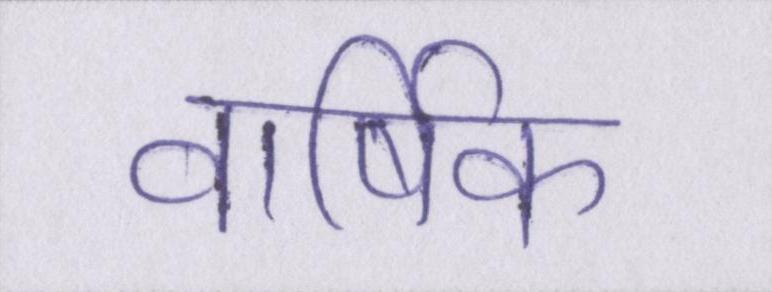
वार्षिक